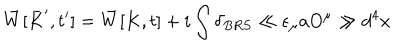
LaTeX: \bar { W } [ \bar { K } ^ { \prime } , t ^ { \prime } ] = \bar { W } [ K , t ] + i \int \delta _ { B R S } \ll \epsilon _ { \mu } a O ^ { \mu } \gg d ^ { 4 } x